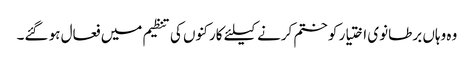
وہ وہاں برطانوی اختیار کو ختم کرنے کیلئے کارکنوں کی تنظیم میں فعال ہو گئے۔